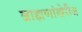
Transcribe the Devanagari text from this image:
ब्राह्मणांखेरीज